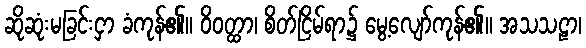
ဆိုဆုံးမခြင်းငှာ ခံကုန်၏။ ဝိဝတ္ထာ၊ စိတ်ငြိမ်ရာ၌ မွေ့လျော်ကုန်၏။ အသသဠာ၊